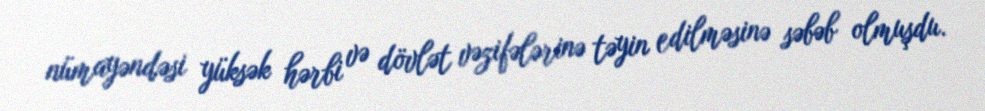
nümayəndəsi yüksək hərbi və dövlət vəzifələrinə təyin edilməsinə səbəb olmuşdu.